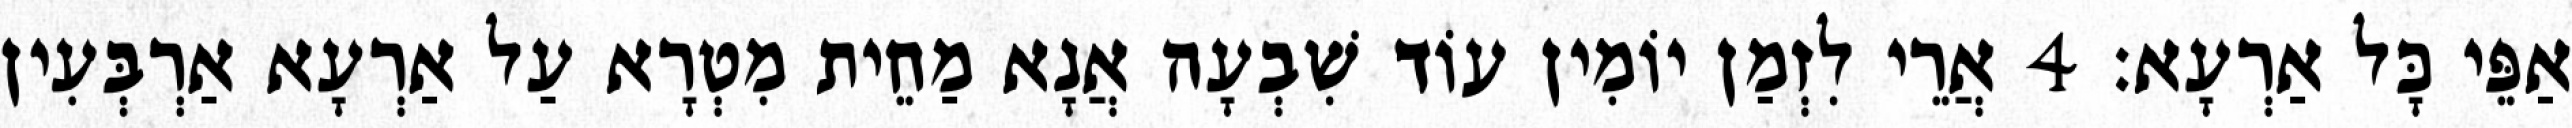
אַפֵּי כָּל אַרְעָא׃ 4 אֲרֵי לִזְמַן יוֹמִין עוֹד שִׁבְעָה אֲנָא מַחֵית מִטְרָא עַל אַרְעָא אַרְבְּעִין